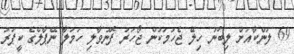
69 ލަންކާއަށް ލިބުނު ހިލޭ ޖެހުމަކުން ޖޯހަރު ފޮނުވާލި ހަމަލާ ނޭޕާލްގެ ކީޕަރު